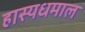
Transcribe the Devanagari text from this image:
हास्यधमाल